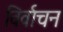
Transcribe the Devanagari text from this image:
विर्वाचन